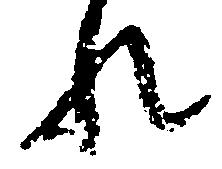
れ